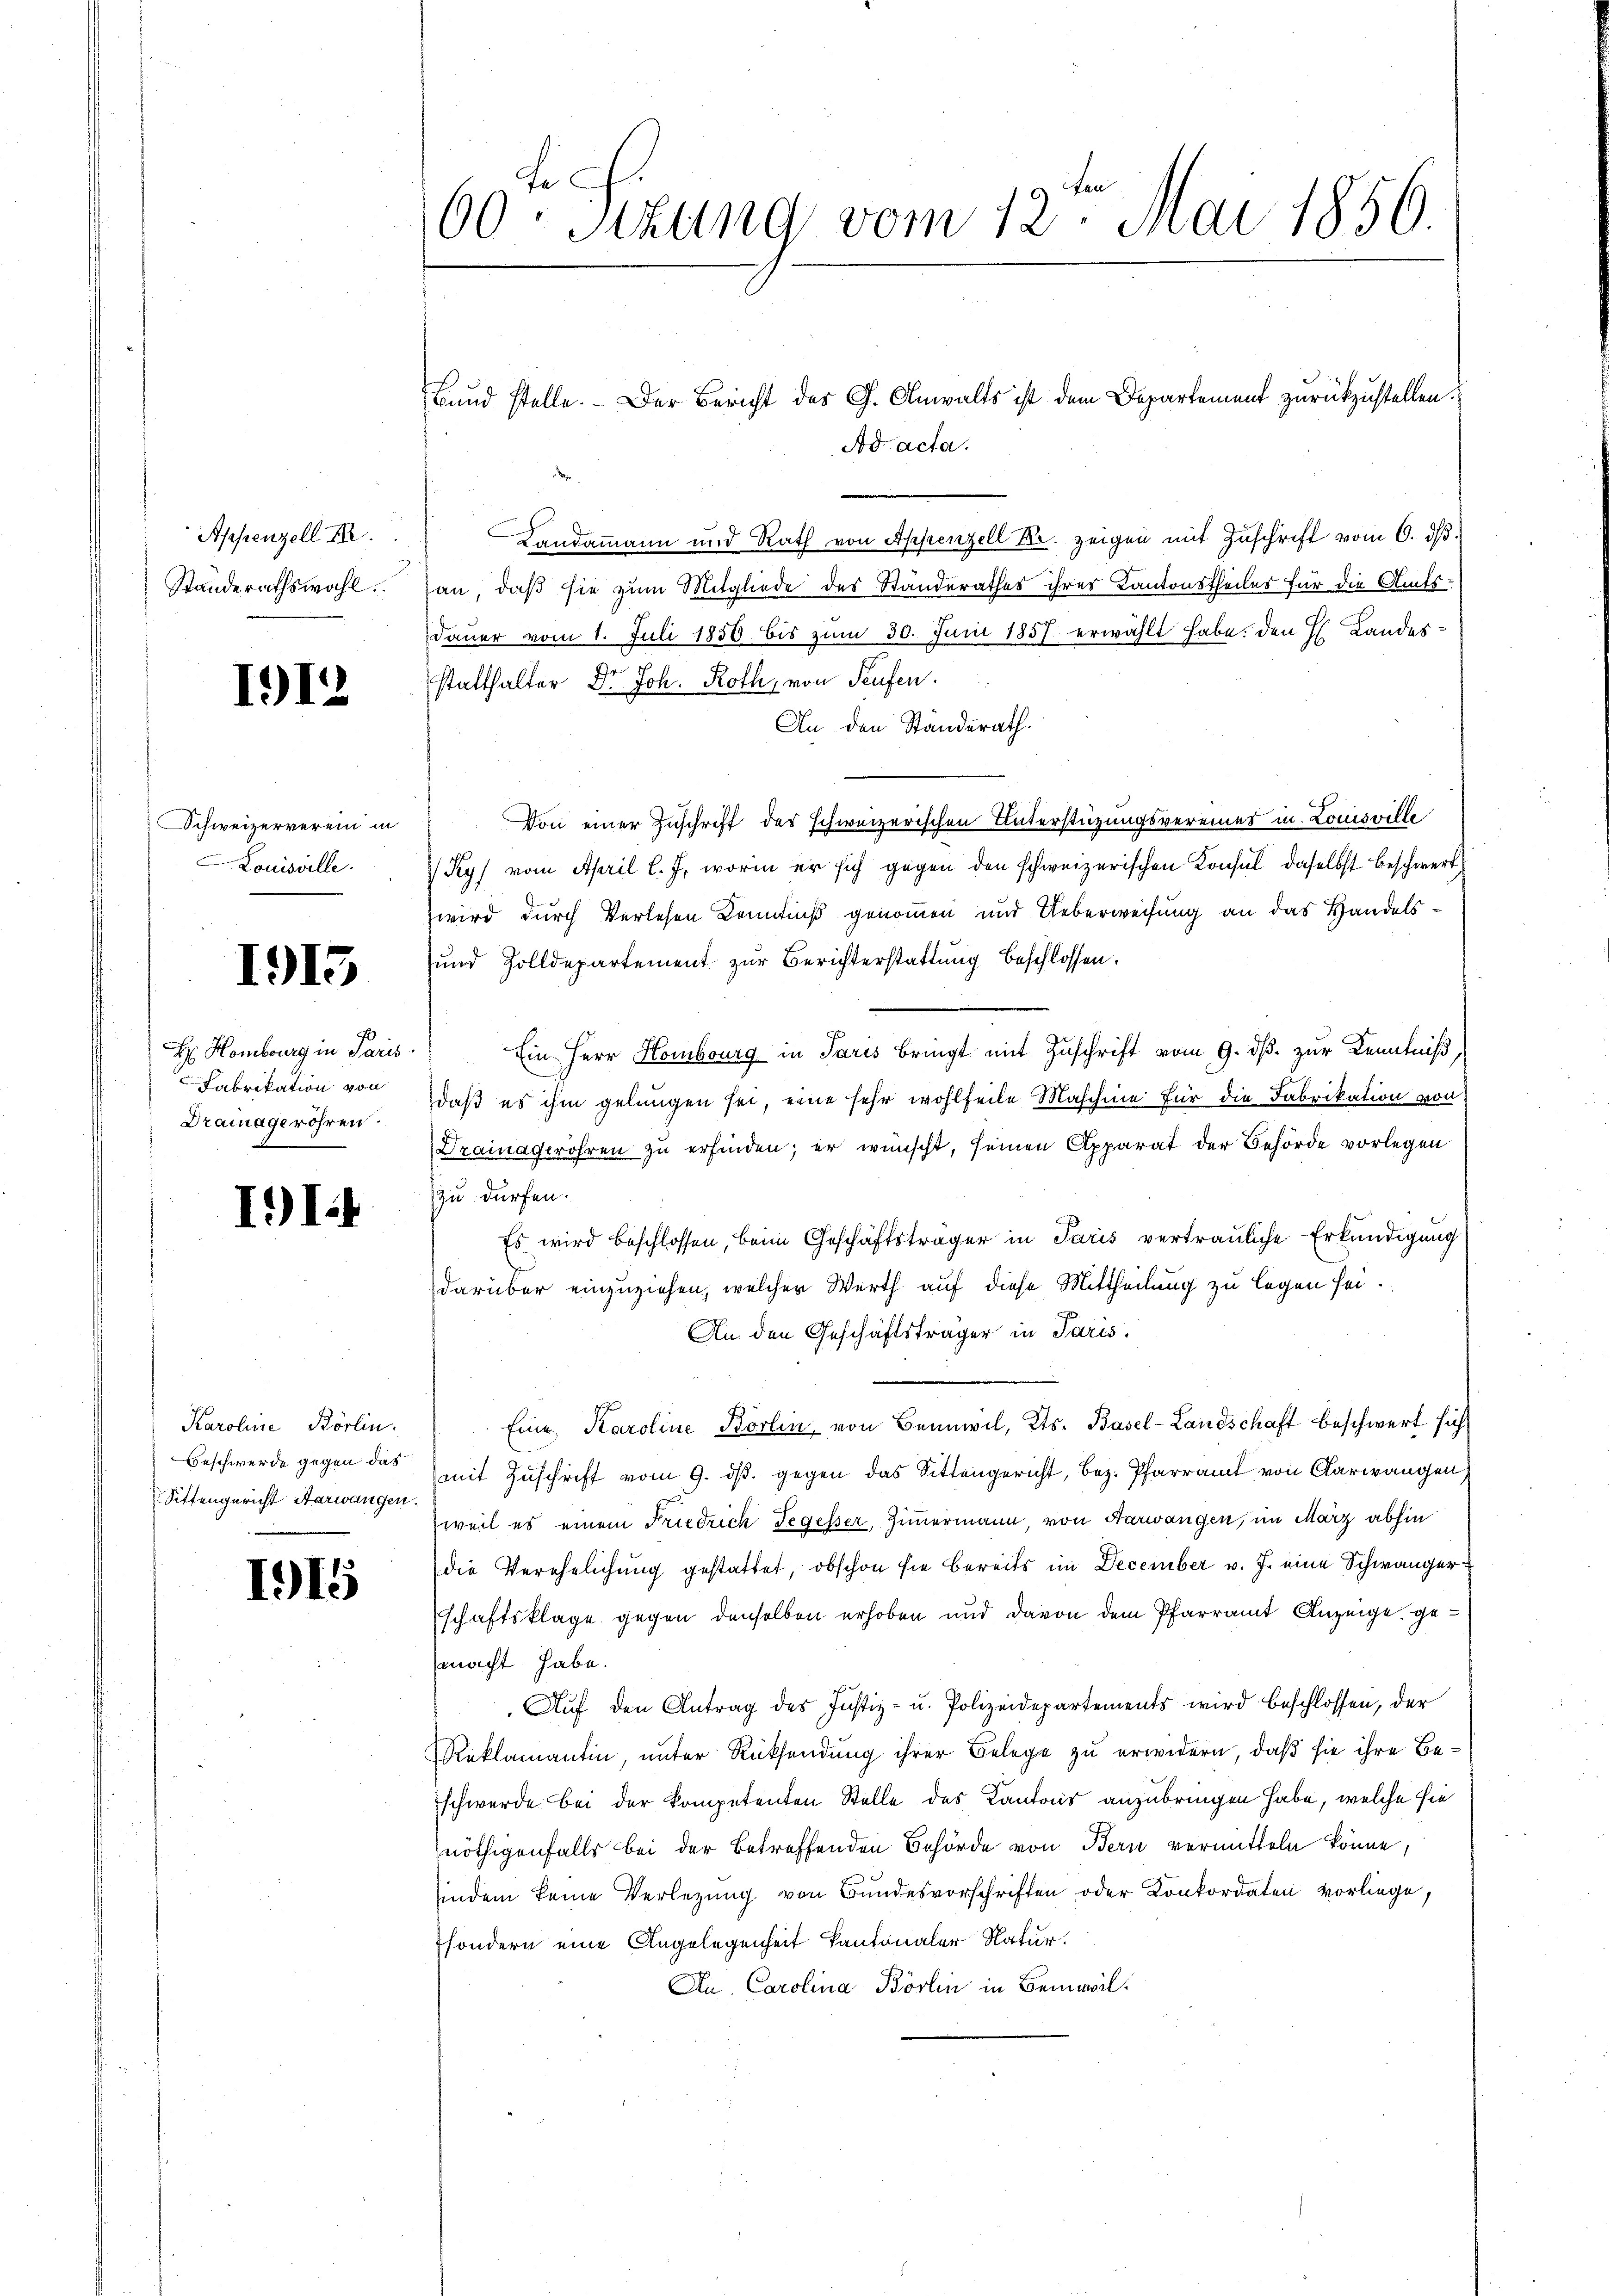
Appenzell I.
Standerathswahl.

1912

Schweizerverein in
Louisville.

1915

H Homburg in Paris
Fabrikation von
Drainageröhren.

II.

Karoline Börlin.
Beschwerde gegen das
Sittengericht Aarwangen.

1915

60ten Sizung vom 12. Mai 1856.

Ad acta.

Bund stelle.  Der Bericht des G. Anwalts ist dem Departement zurückzustellen.
Landammann und Rath von Appenzell M. zeigen mit Zuschrift vom 6. ds.
an, daß sie zum Mitgliede des Standerathes ihres Kantonstheiles für die Amts¬
Dauer vom 1. Juli 1850 bis zum 30. Juni 1857 erwählt habe. Den H. Landesstatthalter Dr Joh. Roth, von Seufen.
An den Standerath.
Von einer Zuschrift des schweizerischen Unterstützungsvereines in Louisville
 Ky) vom April l. J. worin er sich gegen den schweizerischen Konsul daselbst beschwert
zwird durch Verlesen Kenntniß genommen und Ueberweisung an das Handels¬
und Zolldepartement zur Berichterstattung beschlossen:
Ein Herr Hombourg in Paris bringt mit Zŭschrift vom 9. dβ. zur Kenntniß,
daß es ihm gelungen sei, eine sehr wohlfeile Maschine für die Fabrikation von
Drainagerohren zu erfinden; er wünscht, seinen Apparat der Behörde vorlegen
zu dürfen.
Es wird beschlossen, beim Geschäftsträger in Paris vertrauliche Erkundigung
darüber einzuziehen, welcher Werth auf diese Mittheilung zu legen sei.
An den Geschäftsträger in Paris.
Eine Karoline Berlin, von Beinwil, Kts. Basel-Landschaft beschwert sich
mit Zuschrift vom 9. dβ. gegen das Sittengericht, bez. Pfarramt von Carwangen,
weil es einem Friedrich Segesser, Zimmermann, von Aarwangen, im März abhin
die Verehelichŭng gestattet, obschon sie bereits im December v. J. eine Schwängerschaftsklage gegen denselben erhoben und davon dem Pfarramt Anzeige gemacht habe.
Auf den Antrag des Justiz- u. Polizeidepartements wird beschlossen, der
Reklamantin, unter Rücksendung ihrer Belege zu erwidern, daß sie ihre Beschwerde bei der kompetenten Stelle des Kantons anzubringen habe, welche sie
nöthigenfalls bei der betreffenden Behörde von Bern vermitteln könne,
indem keine Verletzung von Bundesvorschriften oder Konkordaten vorliege,
sondern eine Angelegenheit kantonaler Natur.
Au, Carolina Börlin in Bemeril.